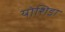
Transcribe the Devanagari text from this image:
योशिडा